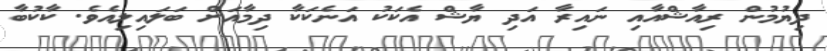
ދިޔުމުން ރިއާޝްއާއި ނައިރާ އަދި ޔާޝް އެކަކު އަނެކަކާ ދިމާއަށް ބަލައިލިއެވެ. ކާކުބާ